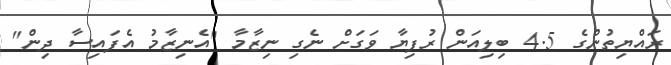
ރައްޔިތުންގެ 4.5 ބިލިއަން ރުފިޔާ ވަގަށް ނެގި ނިޒާމާ "އެނިޒާމު އެފައިސާ ދިން"